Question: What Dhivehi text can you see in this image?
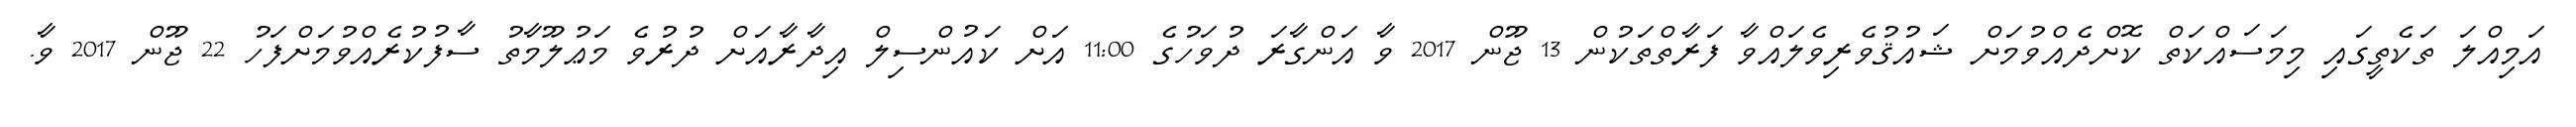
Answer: އަމިއްލަ ތަކެތީގައި މިމަސައްކަތް ކޮށްދެއްވުމަށް ޝައުޤުވެރިވެލައްވާ ފަރާތްތަކުން 13 ޖޫން 2017 ވާ އަންގާރަ ދުވަހުގެ 11:00 އަށް ކައުންސިލް އިދާރާއަށް ދުރުވެ މަޢުލޫމާތު ސާފުކުރެއްވުމަށްފަހު 22 ޖޫން 2017 ވާ.